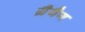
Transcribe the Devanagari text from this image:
ग्रैबैग